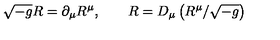
\sqrt { - g } R = \partial _ { \mu } R ^ { \mu } , \qquad R = D _ { \mu } \left( R ^ { \mu } / \sqrt { - g } \right)